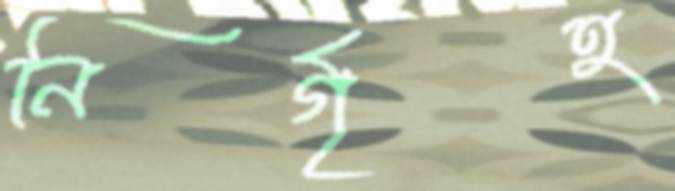
নির্গৃহ